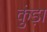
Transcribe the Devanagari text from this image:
कुंड़ा